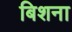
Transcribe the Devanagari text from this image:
बिशना